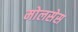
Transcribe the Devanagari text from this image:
मोलसेस